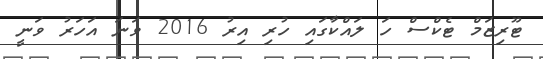
ޓޫރިޒަމް ޓެކްސް ހަ ލައްކާގައި ހުރި އިރު 2016 ވަނަ އަހަރު ވަނީ